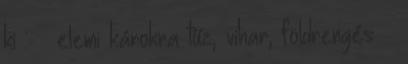
ki : – elemi károkra tűz, vihar, földrengés –